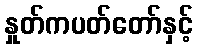
နှုတ်ကပတ်တော်နှင့်